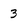
Character: 3